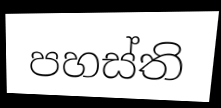
පහස්ති